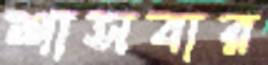
শাসবার